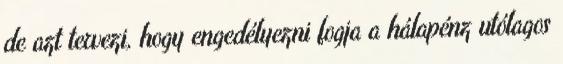
de azt tervezi, hogy engedélyezni fogja a hálapénz utólagos